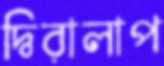
দ্বিরালাপ